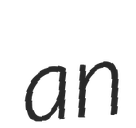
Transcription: an